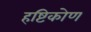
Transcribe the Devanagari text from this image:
हष्टिकोण